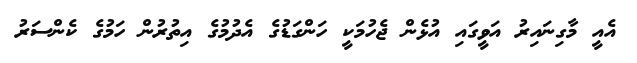
އެއީ މާގިނައިރު އަވީގައި އުޅެން ޖެހުމަކީ ހަންގަޑުގެ އެދުމުގެ އިތުރުން ހަމުގެ ކެންސަރު